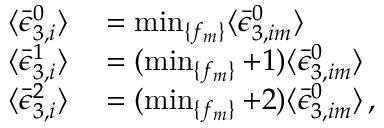
\begin{array} { r l } { \langle \bar { \epsilon } _ { 3 , i } ^ { 0 } \rangle } & { { } = \operatorname* { m i n } _ { \{ f _ { m } \} } \langle \bar { \epsilon } _ { 3 , i m } ^ { 0 } \rangle } \\ { \langle \bar { \epsilon } _ { 3 , i } ^ { 1 } \rangle } & { { } = ( \operatorname* { m i n } _ { \{ f _ { m } \} } + 1 ) \langle \bar { \epsilon } _ { 3 , i m } ^ { 0 } \rangle } \\ { \langle \bar { \epsilon } _ { 3 , i } ^ { 2 } \rangle } & { { } = ( \operatorname* { m i n } _ { \{ f _ { m } \} } + 2 ) \langle \bar { \epsilon } _ { 3 , i m } ^ { 0 } \rangle \, , } \end{array}